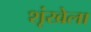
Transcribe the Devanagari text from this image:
शृंखेला